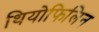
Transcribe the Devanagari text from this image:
थियोफिलिन